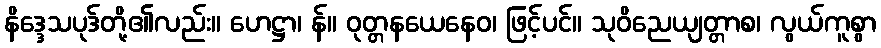
နိဒ္ဒေသပုဒ်တို့၏လည်း။ ဟေဋ္ဌာ၊ န်။ ဝုတ္တနယေနေဝ၊ ဖြင့်ပင်။ သုဝိညေယျတ္တာစ၊ လွယ်ကူစွာ